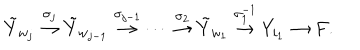
\tilde { Y } _ { w _ { j } } \stackrel { \sigma _ { j } } { \rightarrow } \tilde { Y } _ { w _ { j - 1 } } \stackrel { \sigma _ { j - 1 } } { \rightarrow } \cdots \stackrel { \sigma _ { 2 } } { \rightarrow } \tilde { Y } _ { w _ { 1 } } \stackrel { \sigma _ { 1 } ^ { - 1 } } { \rightarrow } Y _ { i _ { 1 } } \rightarrow F .